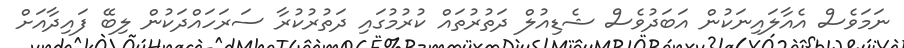
ނަމަވެސް އެއާލައިނަކުން އަބަދުވެސް ޝެޑިއުލް ދަތުރުތައް ކުރުމުގައި ދަތުރުކުރާ ސަރަހައްދަކުން ލިބޭ ފައިދާއަށް